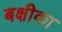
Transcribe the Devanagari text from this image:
बक्षीका